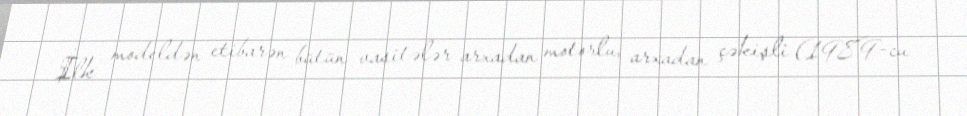
İlk modeldən etibarən bütün vasitələr arxadan motorlu, arxadan çəkişli (1989-cu